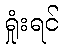
ရှုံးရင်